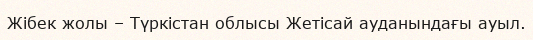
Жібек жолы – Түркістан облысы Жетісай ауданындағы ауыл.